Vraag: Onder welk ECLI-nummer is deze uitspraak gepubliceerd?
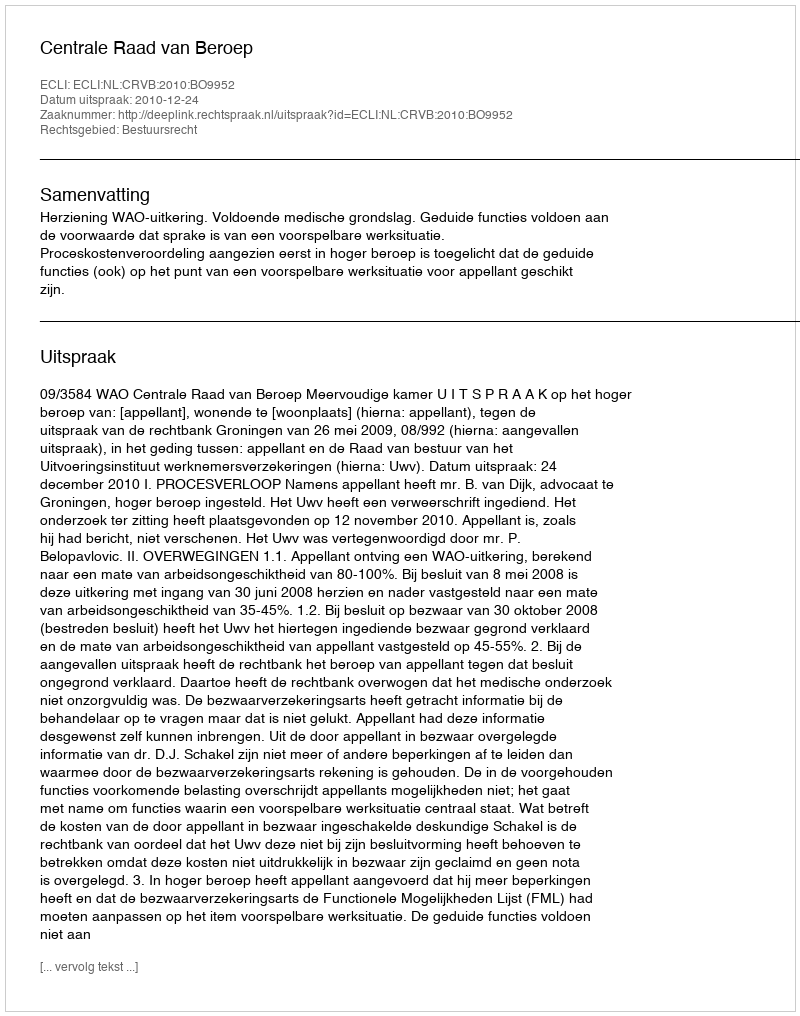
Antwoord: ECLI:NL:CRVB:2010:BO9952